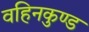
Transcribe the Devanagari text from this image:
वहिनकुण्ड